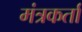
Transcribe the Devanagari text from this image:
मंत्रकर्ता